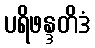
ပရိဖန္ဒတိဒံ